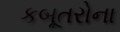
કબૂતરોના